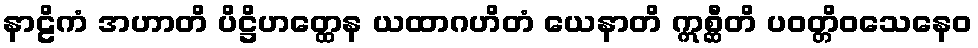
နာဠိကံ အဟာတိ ပိဋ္ဌိဟတ္ထေန ယထာဂဟိတံ ယေနာတိ ဣစ္ဆီတိ ပဝတ္တိဝသေနေဝ